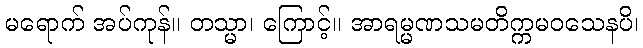
မရောက် အပ်ကုန်။ တသ္မာ၊ ကြောင့်။ အာရမ္မဏသမတိက္ကမဝသေနပိ၊